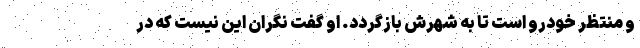
و منتظر خودرو است تا به شهرش بازگردد. او گفت نگران این نیست که در